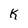
Character: k